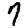
Digit: 7